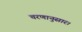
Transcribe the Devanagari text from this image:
चरणानुसार।